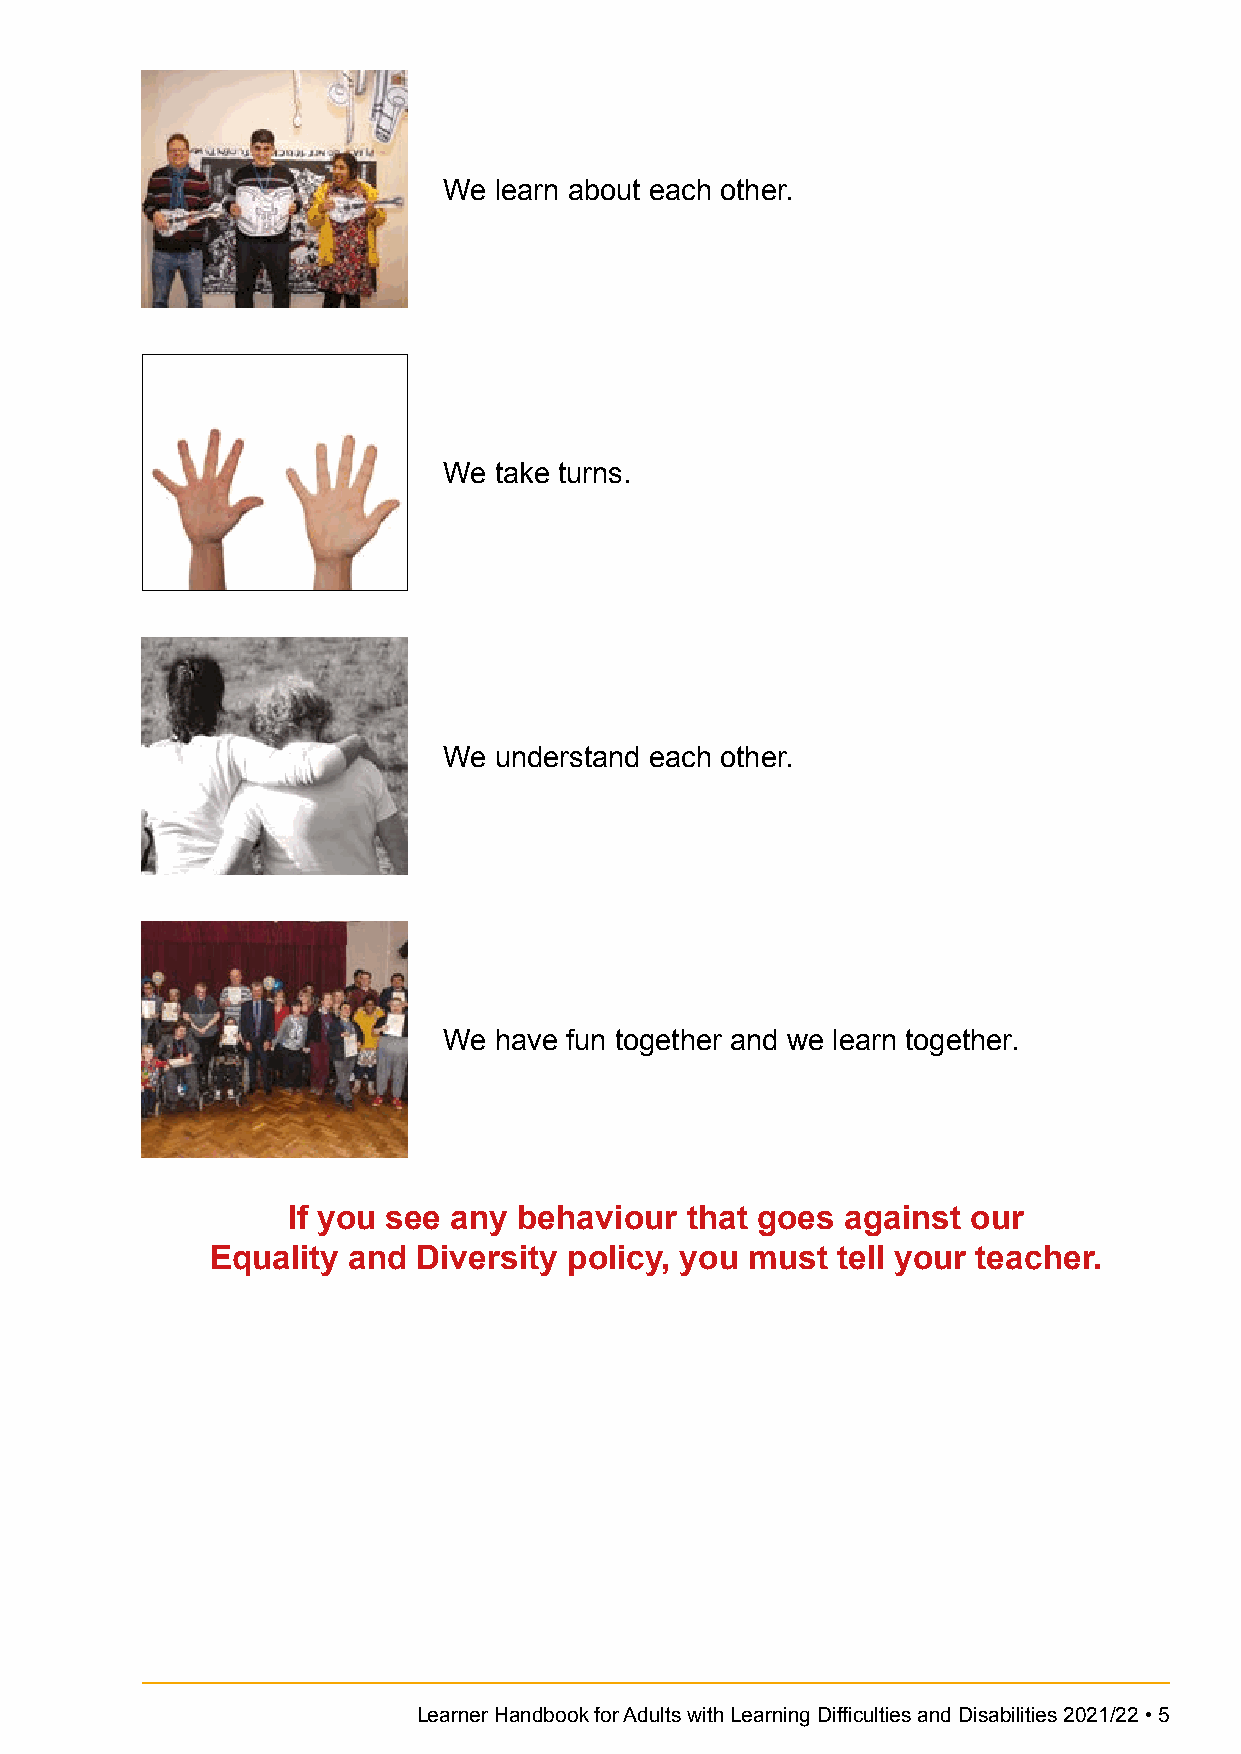
We  learn about each other.
 We  take turns.
 We  understand each other.
 We  have fun together and we learn together.
 If you see any behaviour  that goes  against our
 Equality and  Diversity policy, you must tell your teacher.
 Learner Handbook for Adults with Learning Difficulties and Disabilities 2021/22 • 5